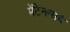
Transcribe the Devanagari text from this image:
मेंटेनन्सचे